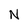
Character: N